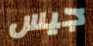
جيس